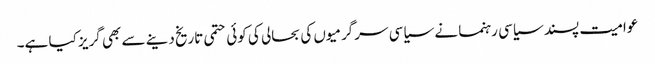
عوامیت پسند سیاسی رہنما نے سیاسی سرگرمیوں کی بحالی کی کوئی حتمی تاریخ دینے سے بھی گریز کیا ہے۔